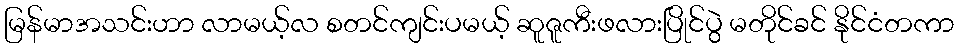
မြန်မာအသင်းဟာ လာမယ့်လ စတင်ကျင်းပမယ့် ဆူဇူကီးဖလားပြိုင်ပွဲ မတိုင်ခင် နိုင်ငံတကာ